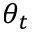
\theta _ { t }